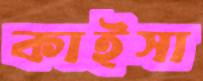
কাইসা